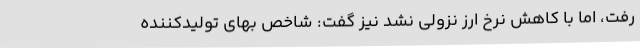
رفت، اما با کاهش نرخ ارز نزولی نشد نیز گفت: شاخص بهای تولیدکننده